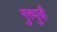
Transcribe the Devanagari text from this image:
गुरुपुत्री